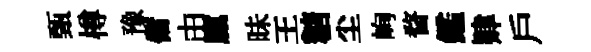
甄樽豫傭由廩昧王糖尘峋瞀鑑肄戶